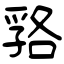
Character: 嗠